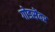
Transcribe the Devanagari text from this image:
गोडसेंवर